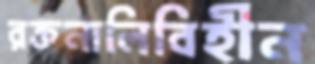
রক্তনালিবিহীন